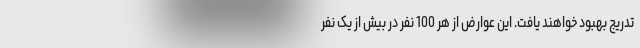
تدریج بهبود خواهند یافت. این عوارض از هر 100 نفر در بیش از یک نفر